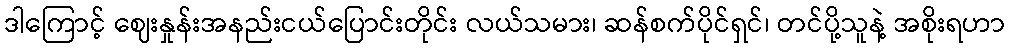
ဒါကြောင့် ဈေးနှုန်းအနည်းငယ်ပြောင်းတိုင်း လယ်သမား၊ ဆန်စက်ပိုင်ရှင်၊ တင်ပို့သူနဲ့ အစိုးရဟာ